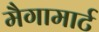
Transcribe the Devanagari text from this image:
मैगामार्ट